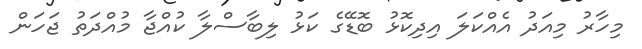
މިހާރު މިއަދު އެއްކަލަ އިިދިކޮޅު ބޮޑޭގެ ކަޅު ލިބާސްލާ ކުއްޖާ މުއްދަތު ޖަހަން